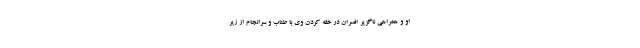
او و همراهی ناگزیرِ افسران در خفه کردنِ وی با طناب و سرانجام از زیر